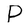
Character: P